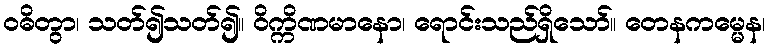
ဝဓိတွာ၊ သတ်၍သတ်၍။ ဝိက္ကိဏမာနော၊ ရောင်းသည်ရှိသော်။ တေနကမ္မေန၊